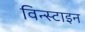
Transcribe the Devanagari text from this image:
विन्स्टाइन